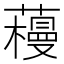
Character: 𰲌